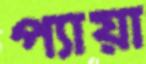
প্যায়া